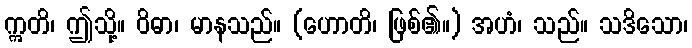
ဣတိ၊ ဤသို့။ ဝိဓာ၊ မာနသည်။ (ဟောတိ၊ ဖြစ်၏။) အဟံ၊ သည်။ သဒိသော၊